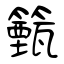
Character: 籈